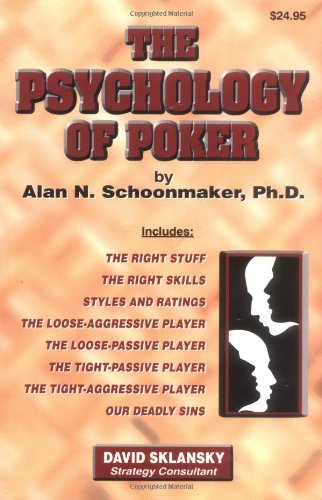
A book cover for The Psychology of Poker; Alan N. Schoonmaker; Humor & Entertainment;